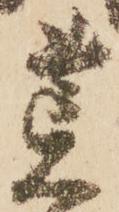
荒